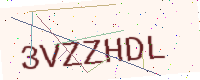
Text: 3VZZHDL